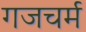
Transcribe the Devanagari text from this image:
गजचर्म